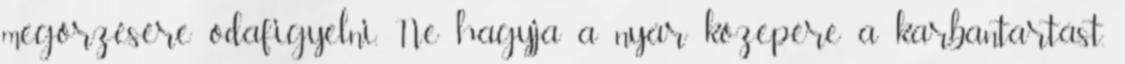
megőrzésére odafigyelni. Ne hagyja a nyár közepére a karbantartást,